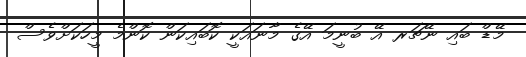
މޭޑް ބައި ނޭޗަރ އޭ ބުނީމަ އޭގެ މާނައަކީ ކޮބައިކަން ކޮންމެ މީހަކަށްވެސް